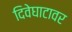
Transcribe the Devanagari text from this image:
दिवेघाटावर